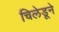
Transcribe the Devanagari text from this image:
चिलेडूने